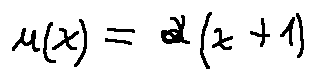
u ( x ) = a ( x + 1 )